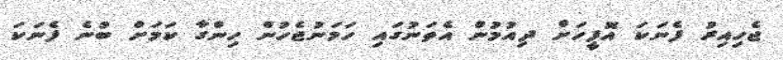
ޖެހިއިރު ފެނަކަ އޮފީހަށް ދިއުމުން އެތަނުގައި ހަމަނުޖެހުން ހިންގާ ކަމަށް ބުނެ ފެނަކަ